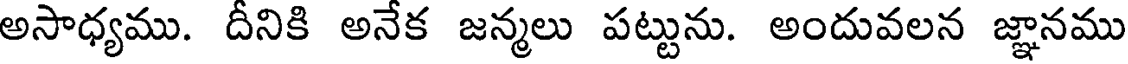
అసాధ్యము. దీనికి అనేక జన్మలు పట్టును. అందువలన జ్ఞానము